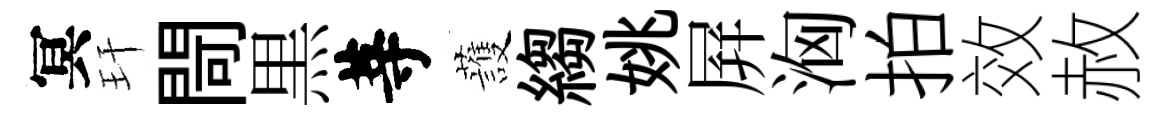
冥玕閜黒䓁䕶縐姚屛洶拍效赦